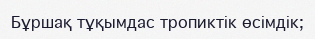
Бұршақ тұқымдас тропиктік өсімдік;